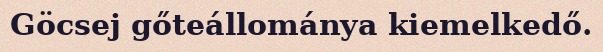
Göcsej gőteállománya kiemelkedő.